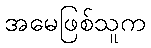
အမေဖြစ်သူက